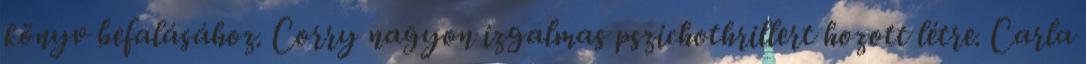
könyv befalásához. Corry nagyon izgalmas pszichothrillert hozott létre. Carla